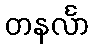
တနင်္လာ